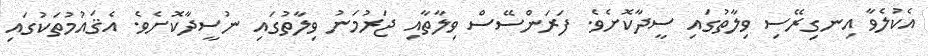
އެކުލެވާ އިނގިރޭސި ވިލާތުގައި ސީދާކޮށެވެ. ފަރަންސޭސް ވިލާތާއި ޖަރުމަނު ވިލާތުގައި ނުސީދާކޮށެވެ. އެޤައުމުތަކުގައި